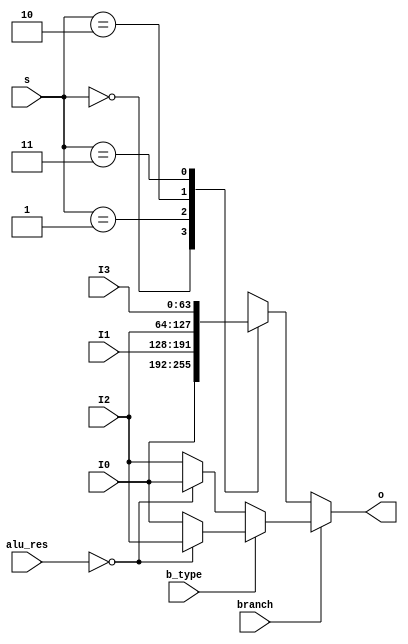
`timescale 1ns / 1ps

module MuxPC(
    input   [63:0]  I0,
    input   [63:0]  I1,
    input   [63:0]  I2,
    input   [63:0]  I3,
    input   [1:0]   s,
    input           branch,
    input           b_type,     // 0 bne, 1 beq
    input   [63:0]  alu_res,
    output  [63:0]  o
);
    reg [63:0] out;
    always @(*) begin
        if (branch) begin
            if (b_type) begin
                if (alu_res == 32'b0)   out <= I2;
                else                    out <= I0;
            end
            else begin
                if (alu_res == 32'b0)   out <= I0;
                else                    out <= I2;
            end
        end
        else begin
            case (s)
                2'b00: out <= I0;
                2'b01: out <= I1;
                2'b10: out <= I2;
                2'b11: out <= I3;
            endcase
        end
    end
    assign o = out;
endmodule